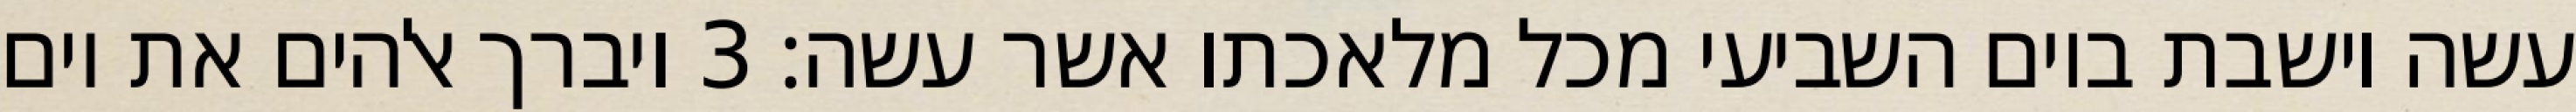
עשה וישבת ביום השביעי מכל מלאכתו אשר עשה׃ ‎3‏ ויברך אלהים את יום